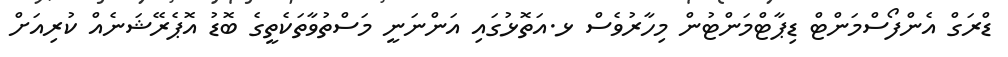
ޑްރަގް އެންފޯސްމަންޓް ޑިޕާޓްމަންޓުން މިހާރުވެސް ޅ.އަތޮޅުގައި އަންނަނީ މަސްތުވާތަކެތީގެ ބޮޑު އޮޕެރޭޝަނެއް ކުރިއަށް